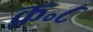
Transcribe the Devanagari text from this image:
क्र॰८